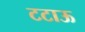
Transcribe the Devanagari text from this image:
टटाऊ